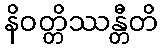
နိဝတ္တိဿန္တီတိ